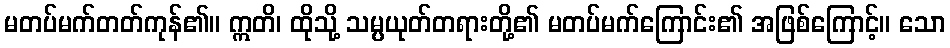
မတပ်မက်တတ်ကုန်၏။ ဣတိ၊ ထိုသို့ သမ္ပယုတ်တရားတို့၏ မတပ်မက်ကြောင်း၏ အဖြစ်ကြောင့်။ သော